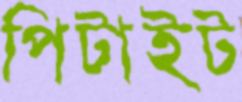
পিটাইট